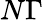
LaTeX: N\Gamma